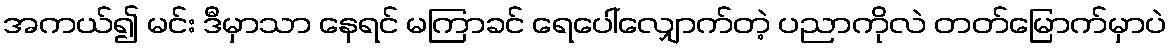
အကယ်၍ မင်း ဒီမှာသာ နေရင် မကြာခင် ရေပေါ်လျှောက်တဲ့ ပညာကိုလဲ တတ်မြောက်မှာပဲ